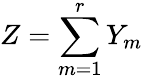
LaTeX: Z=\sum_{m=1}^{r}Y_{m}